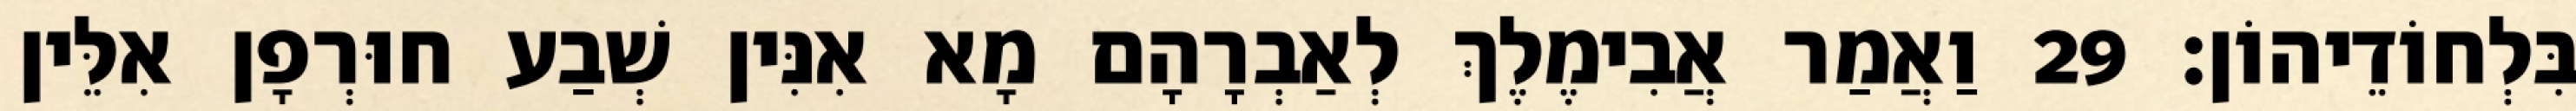
בִּלְחוֹדֵיהוֹן׃ 29 וַאֲמַר אֲבִימֶלֶךְ לְאַבְרָהָם מָא אִנִּין שְׁבַע חוּרְפָן אִלֵּין